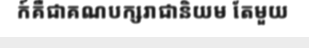
ក៍គឺជាគណបក្សរាជានិយម តែមួយ